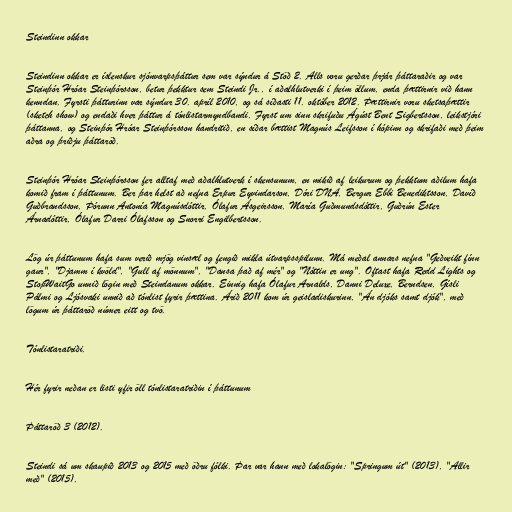
Steindinn okkar

Steindinn okkar er íslenskur sjónvarpsþáttur sem var sýndur á Stöð 2. Alls voru gerðar þrjár þáttaraðir og var
Steinþór Hróar Steinþórsson, betur þekktur sem Steindi Jr., í aðalhlutverki í þeim öllum, enda þættirnir við hann
kenndan. Fyrsti þátturinn var sýndur 30. apríl 2010, og sá síðasti 11. október 2012. Þættirnir voru sketsaþættir
(sketch show) og endaði hver þáttur á tónlistarmyndbandi. Fyrst um sinn skrifuðu Ágúst Bent Sigbertsson, leikstjóri
þáttanna, og Steinþór Hróar Steinþórsson handritið, en síðar bættist Magnús Leifsson í hópinn og skrifaði með þeim
aðra og þriðju þáttaröð.

Steinþór Hróar Steinþórsson fer alltaf með aðalhlutverk í skensunum, en mikið af leikurum og þekktum aðilum hafa
komið fram í þáttunum. Ber þar helst að nefna Erpur Eyvindarson, Dóri DNA, Bergur Ebbi Benediktsson, Davíð
Guðbrandsson, Þórunn Antonía Magnúsdóttir, Ólafur Ásgeirsson, María Guðmundsdóttir, Guðrún Ester
Árnadóttir, Ólafur Darri Ólafsson og Snorri Engilbertsson.

Lög úr þáttunum hafa sum verið mjög vinsæl og fengið mikla útvarpsspilunn. Má meðal annars nefna "Geðveikt fínn
gaur", "Djamm í kvöld", "Gull af mönnum", "Dansa það af mér" og "Nóttin er ung". Oftast hafa Redd Lights og
StopWaitGo unnið lögin með Steindanum okkar. Einnig hafa Ólafur Arnalds, Danni Deluxe, Berndsen, Gísli
Pálmi og Ljósvaki unnið að tónlist fyrir þættina. Árið 2011 kom úr geisladiskurinn, "Án djóks samt djók", með
lögum úr þáttaröð númer eitt og tvö.

Tónlistaratriði.

Hér fyrir neðan er listi yfir öll tónlistaratriðin í þáttunum

Þáttaröð 3 (2012).

Steindi sá um skaupið 2013 og 2015 með öðru fólki. Þar var hann með lokalögin: "Springum út" (2013), "Allir
með" (2015).